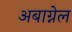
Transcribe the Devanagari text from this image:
अबाग्नेल